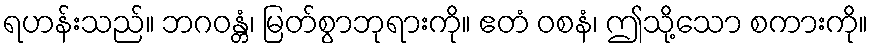
ရဟန်းသည်။ ဘဂဝန္တံ၊ မြတ်စွာဘုရားကို။ ဧတံ ဝစနံ၊ ဤသို့သော စကားကို။